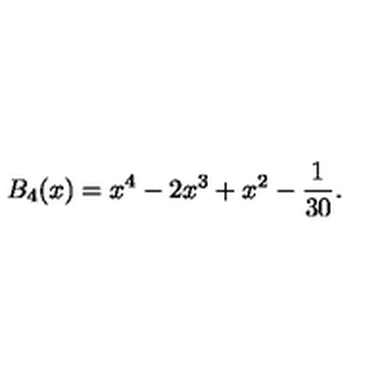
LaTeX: B _ { 4 } ( x ) = x ^ { 4 } - 2 x ^ { 3 } + x ^ { 2 } - \frac { 1 } { 3 0 } .